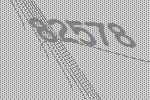
82578